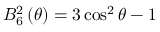
B _ { 6 } ^ { 2 } \left( \theta \right) = 3 \cos ^ { 2 } \theta - 1